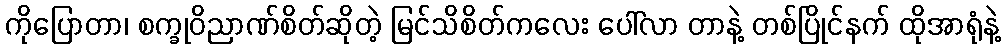
ကိုပြောတာ၊ စက္ခုဝိညာဏ်စိတ်ဆိုတဲ့ မြင်သိစိတ်ကလေး ပေါ်လာ တာနဲ့ တစ်ပြိုင်နက် ထိုအာရုံနဲ့